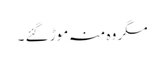
مگر وہ منہ موڑ گئے ۔